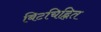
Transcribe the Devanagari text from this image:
बिटचिह्नित